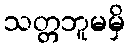
သတ္တဘူမမှိ